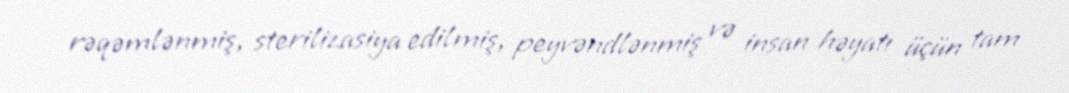
rəqəmlənmiş, sterilizasiya edilmiş, peyvəndlənmiş və insan həyatı üçün tam